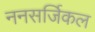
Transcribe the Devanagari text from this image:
ननसर्जिकल